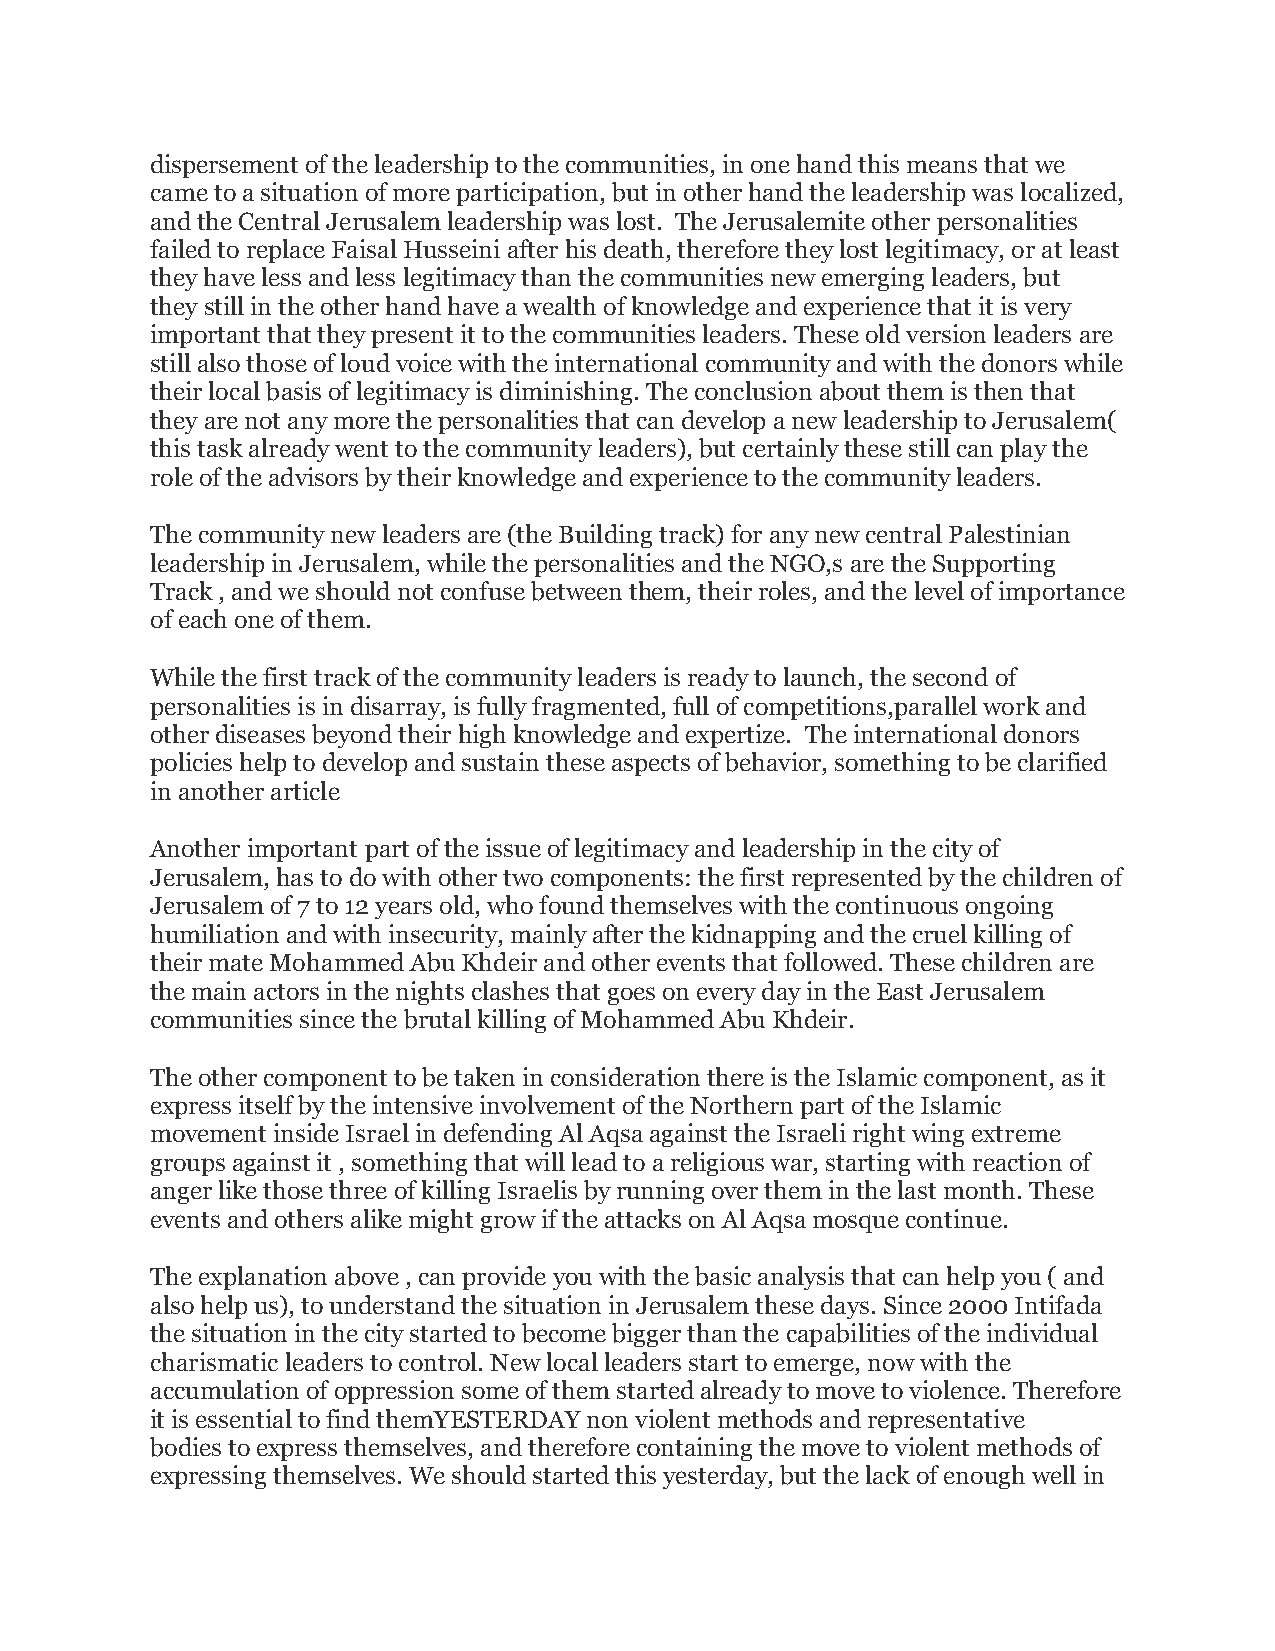
dispersement of the leadership to the communities, in one hand this means that we
 came to a situation of more participation, but in other hand the leadership was localized,
 and the Central Jerusalem leadership was lost. The Jerusalemite other personalities
 failed to replace Faisal Husseini after his death, therefore they lost legitimacy, or at least
 they have less and less legitimacy than the communities new emerging leaders, but
 they still in the other hand have a wealth of knowledge and experience that it is very
 important that they present it to the communities leaders. These old version leaders are
 still also those of loud voice with the international community and with the donors while
 their local basis of legitimacy is diminishing. The conclusion about them is then that
 they are not any more the personalities that can develop a new leadership to Jerusalem(
 this task already went to the community leaders), but certainly these still can play the
 role of the advisors by their knowledge and experience to the community leaders.
 The community new leaders are (the Building track) for any new central Palestinian
 leadership in Jerusalem, while the personalities and the NGO,s are the Supporting
 Track , and we should not confuse between them, their roles, and the level of importance
 of each one of them.
 While the first track of the community leaders is ready to launch, the second of
 personalities is in disarray, is fully fragmented, full of competitions,parallel work and
 other diseases beyond their high knowledge and expertize. The international donors
 policies help to develop and sustain these aspects of behavior, something to be clarified
 in another article
 Another important part of the issue of legitimacy and leadership in the city of
 Jerusalem, has to do with other two components: the first represented by the children of
 Jerusalem of 7 to 12 years old, who found themselves with the continuous ongoing
 humiliation and with insecurity, mainly after the kidnapping and the cruel killing of
 their mate Mohammed Abu Khdeir and other events that followed. These children are
 the main actors in the nights clashes that goes on every day in the East Jerusalem
 communities since the brutal killing of Mohammed Abu Khdeir.
 The other component to be taken in consideration there is the Islamic component, as it
 express itself by the intensive involvement of the Northern part of the Islamic
 movement inside Israel in defending Al Aqsa against the Israeli right wing extreme
 groups against it , something that will lead to a religious war, starting with reaction of
 anger like those three of killing Israelis by running over them in the last month. These
 events and others alike might grow if the attacks on Al Aqsa mosque continue.
 The explanation above , can provide you with the basic analysis that can help you ( and
 also help us), to understand the situation in Jerusalem these days. Since 2000 Intifada
 the situation in the city started to become bigger than the capabilities of the individual
 charismatic leaders to control. New local leaders start to emerge, now with the
 accumulation of oppression some of them started already to move to violence. Therefore
 it is essential to find themYESTERDAY non violent methods and representative
 bodies to express themselves, and therefore containing the move to violent methods of
 expressing themselves. We should started this yesterday, but the lack of enough well in